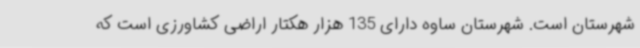
شهرستان است. شهرستان ساوه دارای 135 هزار هکتار اراضی کشاورزی است که